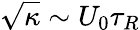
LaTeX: \sqrt{\kappa}\sim U_{0}\tau_{R}